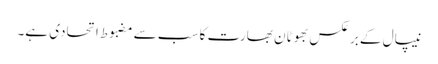
نیپال کے برعکس بھوٹان بھارت کا سب سے مضبوط اتحادی ہے۔